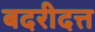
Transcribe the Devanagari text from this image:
बदरीदत्त